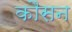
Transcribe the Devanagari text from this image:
कौसन